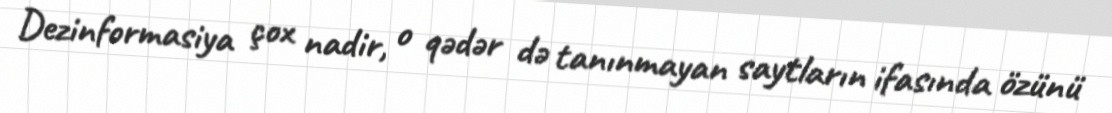
Dezinformasiya çox nadir, o qədər də tanınmayan saytların ifasında özünü